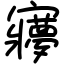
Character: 㝱